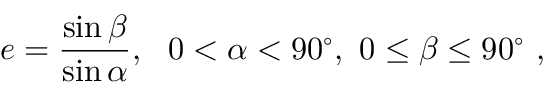
e = { \frac { \sin \beta } { \sin \alpha } } , \ \ 0 < \alpha < 9 0 ^ { \circ } , \ 0 \leq \beta \leq 9 0 ^ { \circ } \ ,